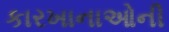
કારખાનાઓની